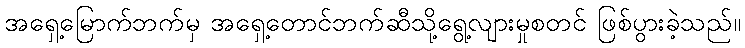
အရှေ့မြောက်ဘက်မှ အရှေ့တောင်ဘက်ဆီသို့ရွေ့လျားမှုစတင် ဖြစ်ပွားခဲ့သည်။